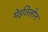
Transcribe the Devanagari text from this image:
मेइतिलोन